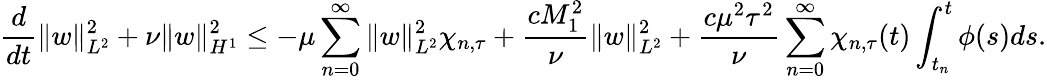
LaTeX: \frac{d}{dt}\| w\| _{L^{2}}^{2}+\nu\| w\| _{H^{1}}^{2}\leq-\mu\sum_{n=0}^{\infty}\| w\| _{L^{2}}^{2}\chi_{n,\tau}+\frac{cM_{1}^{2}}{\nu}\| w\| _{L^{2}}^{2}+\frac{c\mu^{2}\tau^{2}}{\nu}\sum_{n=0}^{\infty}\chi_{n,\tau}(t)\int_{t_{n}}^{t}\phi(s)ds.